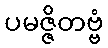
ပမဇ္ဇိတဗ္ဗံ